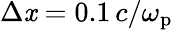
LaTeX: \Delta\mathit{x}=0.1\, c/\omega_{\mathrm{{p}}}